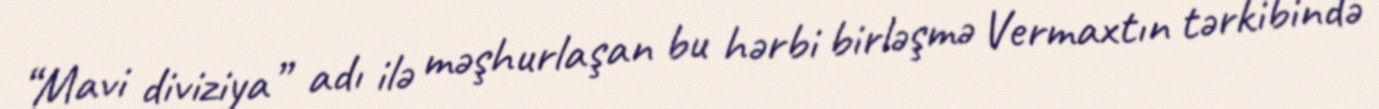
“Mavi diviziya” adı ilə məşhurlaşan bu hərbi birləşmə Vermaxtın tərkibində